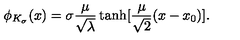
\phi _ { K _ { \sigma } } ( x ) = \sigma \frac { \mu } { \sqrt { \lambda } } \tanh [ \frac { \mu } { \sqrt { 2 } } ( x - x _ { 0 } ) ] .